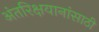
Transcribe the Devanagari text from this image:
अंतरिक्षयानांसाठी